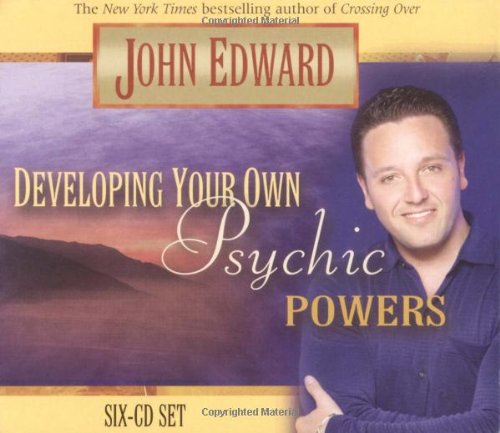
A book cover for Developing Your Own Psychic Powers; John Edward; Self-Help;